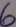
Text: 6